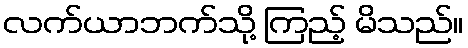
လက်ယာဘက်သို့ ကြည့် မိသည်။